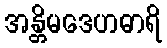
အန္တိမဒေဟဓာရိ